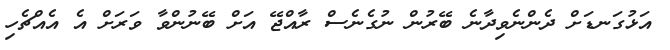
އަޅުގަނޑަށް ދެންނެވިދާނެ ބޭރުން ނުގެނެސް ރާއްޖޭ އަށް ބޭނުންވާ ވަރަށް އެ އެއްޗެހި